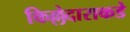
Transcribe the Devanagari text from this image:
किल्लेदाराकडे